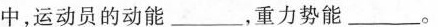
中，运动员的动能___，重力势能___。